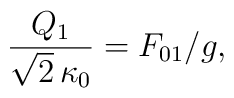
\frac{Q_1}{\sqrt{2}\, \kappa_0} = F_{01} / g,